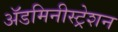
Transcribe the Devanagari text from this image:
ॲडमिनीस्ट्रेशन